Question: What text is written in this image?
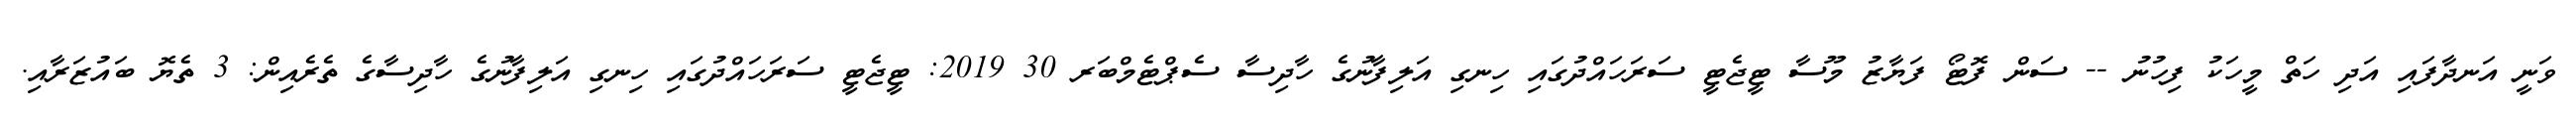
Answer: ވަނީ އަނދާފައި އަދި ހަތް މީހަކު ފިހުނު -- ސަން ފޮޓޯ ފަޔާޒު މޫސާ ޓީޖެޓީ ސަރަހައްދުގައި ހިނގި އަލިފާނުގެ ހާދިސާ ސެޕްޓެމްބަރ 30 2019: ޓީޖެޓީ ސަރަހައްދުގައި ހިނގި އަލިފާނުގެ ހާދިސާގެ ތެރެއިން: 3 ތެޔޮ ބައުޒަރާއި.